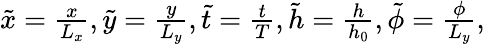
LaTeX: \begin{array}{r}{\tilde{x}=\frac{x}{L_{x}},\tilde{y}=\frac{y}{L_{y}},\tilde{t}=\frac{t}{T},\tilde{h}=\frac{h}{h_{0}},\tilde{\phi}=\frac{\phi}{L_{y}},}\end{array}